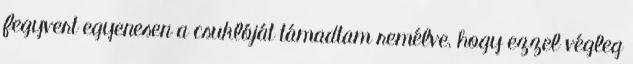
fegyvert egyenesen a csuklóját támadtam remélve, hogy ezzel végleg